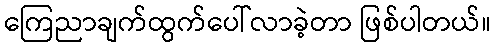
ကြေညာချက်ထွက်ပေါ်လာခဲ့တာ ဖြစ်ပါတယ်။